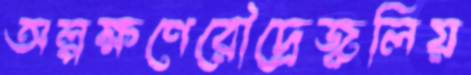
অল্পক্ষণেরৌদ্রেজ্বলিয়